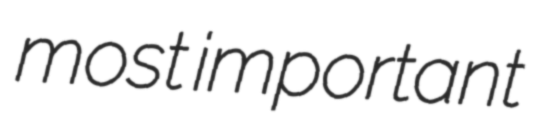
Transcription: most important